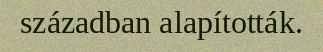
században alapították.